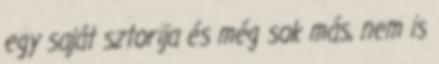
egy saját sztorija és még sok más, nem is